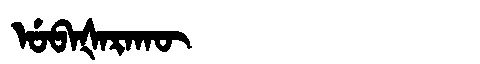
Manchu: ᡠᠪᠠᡧᠠᡵᠠᡴᡡ
Romanization: UBAŠARAKŪ